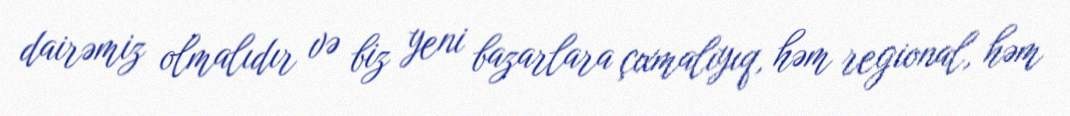
dairəmiz olmalıdır və biz yeni bazarlara çıxmalıyıq, həm regional, həm